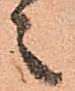
之